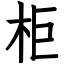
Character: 柜